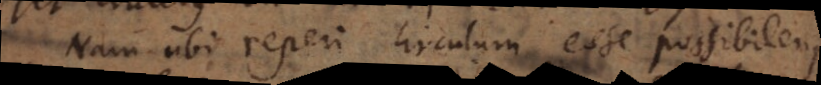
Nam ubi reperi circulum esse possibilem,